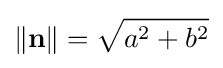
\|\mathbf {n} \|={\sqrt {a^{2}+b^{2}}}